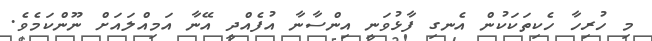
މި ހުރިހާ ހެކިތަކަކުން އެނގި ފާޅުވަނީ އިންސާނާ އުފެއްދީ އޭނާ އަމިއްލައަށް ނޫންކަމެވެ.